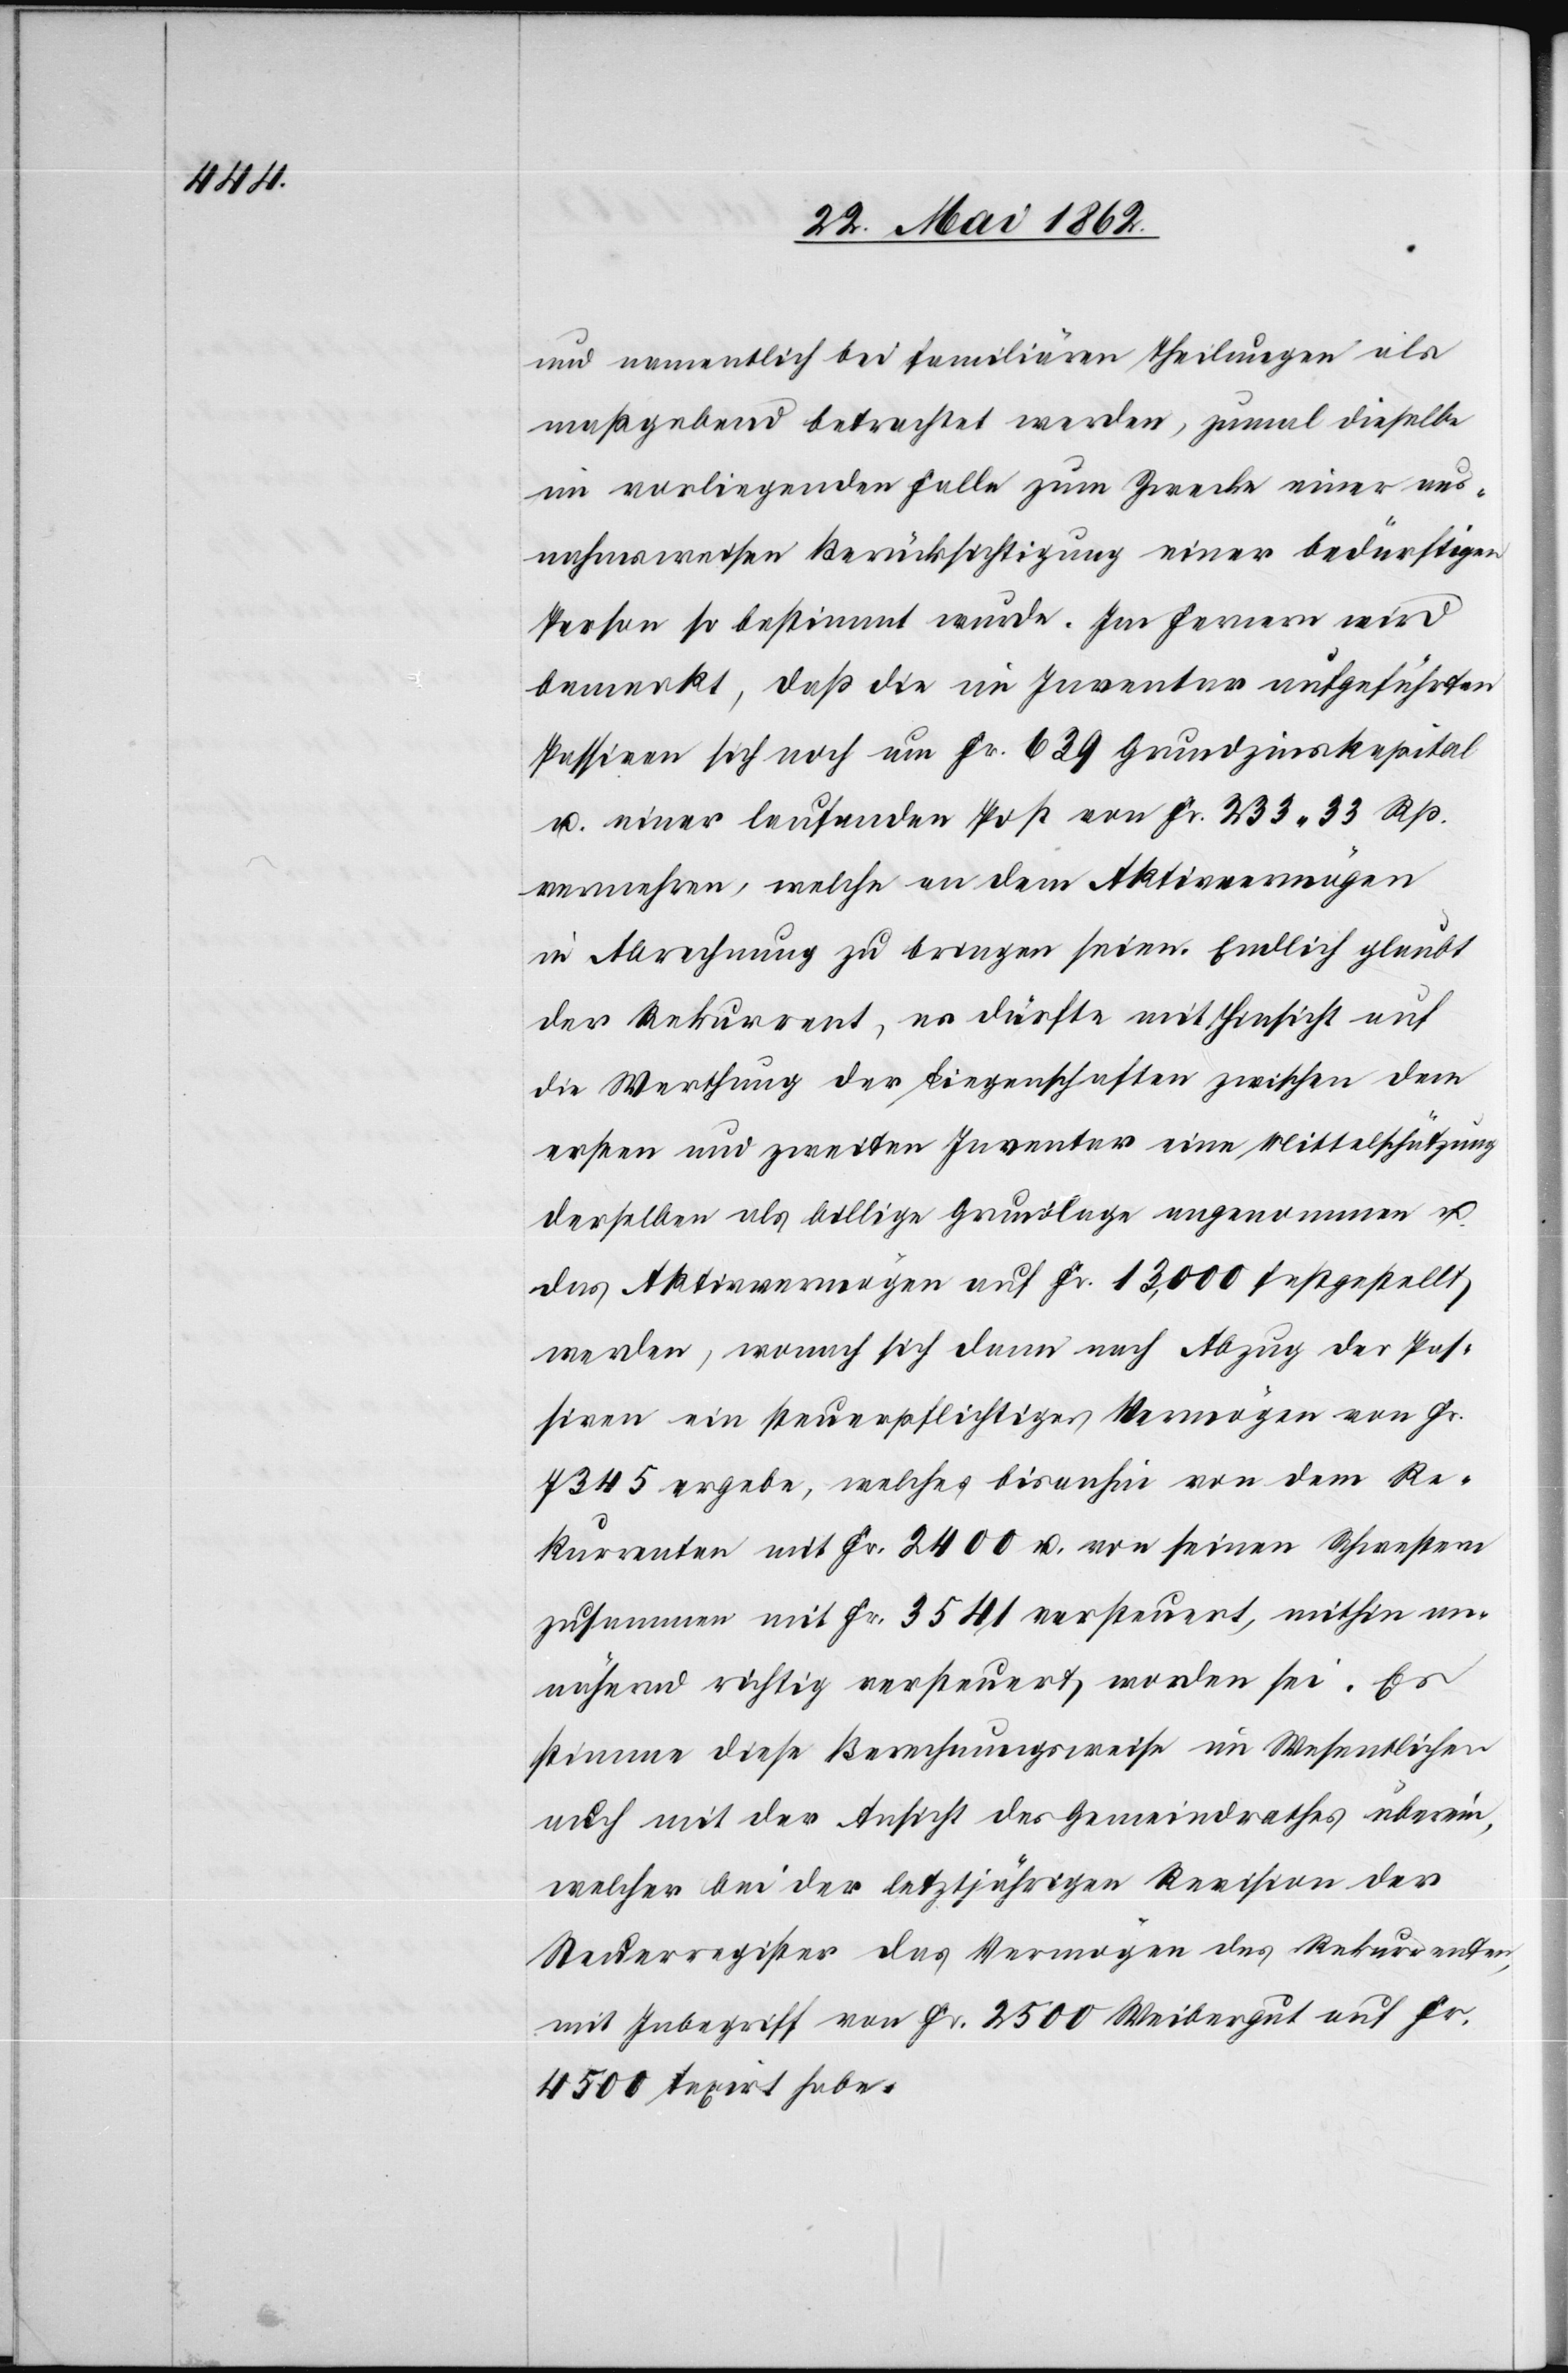
und namentlich bei familiären Theilungen als
maßgebend betrachtet werden, zumal dieselbe
im vorliegenden Falle zum Zwecke einer aus¬
nahmsweisen Berücksichtigung einer Bedürftigen
Person so bestimmt wurde. Im fernern wird
bemerkt, daß die im Inventar aufgeführten
Passiven sich noch um Fr. 639 Grundzinskapital
u. einer laufenden Post von Fr. 233 33 Rp.
vermehren, welche an dem Aktivvermögen
in Abrechnung zu bringen seien. Endlich glaubt
der Rekurrent, es dürfte mit Hinsicht auf
die Werthung der Liegenschaften zwischen dem
ersten und zweiten Inventar eine Mittelschätzung
derselben als billige Grundlage angenommen u.
das Aktivvermögen auf Fr. 13,000 festgestellt
werden, wonach sich dann nach Abzug der Pas¬
siven ein steuerpflichtiges Vermögen von Fr.
7345 ergeben, welches bisanhin von dem Re¬
kurrenten mit Fr. 2400 u. von seinen Schwestern
zusammen mit Fr. 3541 versteuert, mithin an¬
nähernd richtig versteuert worden sei. Es
stimme diese Berechnungsweise im Wesentlichen
auch mit der Ansicht des Gemeindrathes überein,
welcher bei der letztjährigen Revision der
Steuerregister das Vermögen des Rekurrenten,
mit Inbegriff von Fr. 2500 Weibergut auf Fr.
4500 taxirt habe.